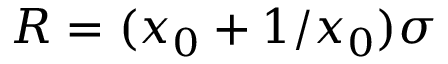
R = ( x _ { 0 } + 1 / x _ { 0 } ) \sigma